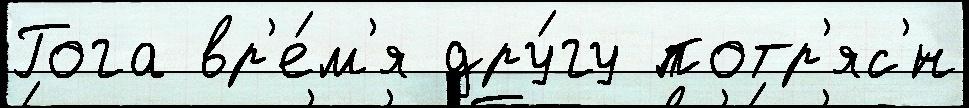
Гога вр'е́м'я дру́гу потр'яс'́н